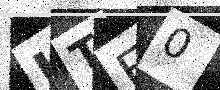
Text: UTE0